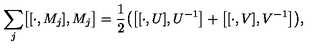
\sum _ { j } \bigl [ [ \cdot , M _ { j } ] , M _ { j } \bigr ] = { \frac { 1 } { 2 } } \bigl ( \bigl [ [ \cdot , U ] , U ^ { - 1 } \bigr ] + \bigl [ [ \cdot , V ] , V ^ { - 1 } \bigr ] \bigr ) , \nonumber